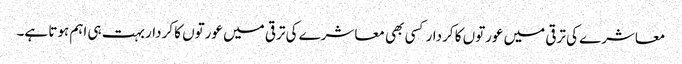
معاشرے کی ترقی میں عورتوں کا کردار کسی بھی معاشرے کی ترقی میں عورتوں کا کردار بہت ہی اہم ہوتا ہے۔